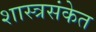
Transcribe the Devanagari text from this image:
शास्त्रसंकेत